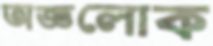
অজ্ঞলোক